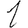
Digit: 1